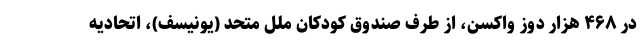
در ۴۶۸ هزار دوز واکسن، از طرف صندوق کودکان ملل متحد (یونیسف)، اتحادیه